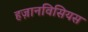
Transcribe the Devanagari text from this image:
हज़ानविसियस